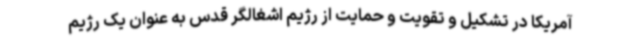
آمریکا در تشکیل و تقویت و حمایت از رژیم اشغالگر قدس به عنوان یک رژیم